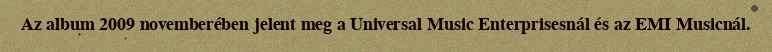
Az album 2009 novemberében jelent meg a Universal Music Enterprisesnál és az EMI Musicnál.